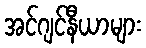
အင်ဂျင်နီယာများ